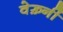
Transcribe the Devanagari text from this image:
वेर्ख़्नी